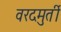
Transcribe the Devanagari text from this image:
वरदमुर्ती